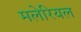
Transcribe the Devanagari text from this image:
मलेरियल